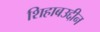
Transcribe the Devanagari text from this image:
शिहाबउद्दीन